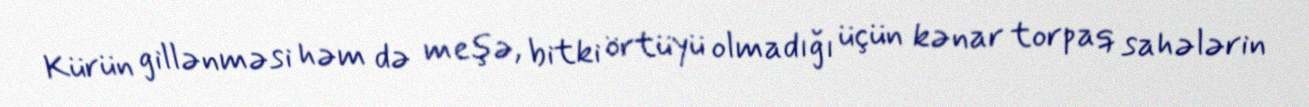
Kürün gillənməsi həm də meşə, bitki örtüyü olmadığı üçün kənar torpaq sahələrin